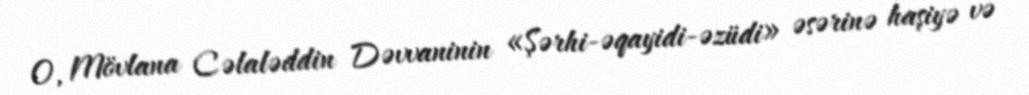
O, Mövlana Cəlaləddin Dəvvaninin «Şərhi-əqayidi-əzüdi» əsərinə haşiyə və